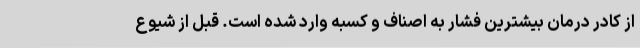
از کادر درمان بیشترین فشار به اصناف و کسبه وارد شده است. قبل از شیوع